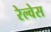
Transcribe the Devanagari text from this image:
रेल्वेस